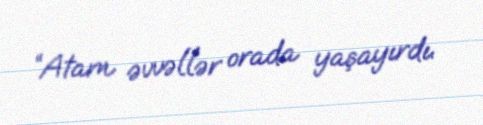
“Atam əvvəllər orada yaşayırdı.